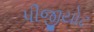
પીજીયોટ